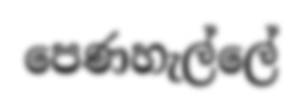
පෙණහැල්ලේ